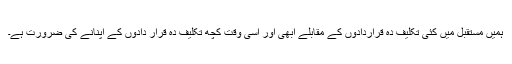
ہمیں مستقبل میں کئى تکلیف ده قراردادوں کے مقابلے ابهى اور اسى وقت کچھ تکلیف ده قرار دادوں کے اپنانے کى ضرورت ہے۔